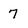
Character: 7